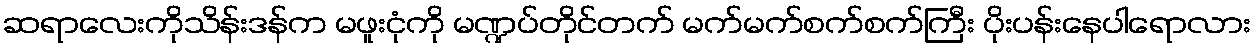
ဆရာလေးကိုသိန်းဒန်က မဖူးငုံကို မဏ္ဍပ်တိုင်တက် မက်မက်စက်စက်ကြီး ပိုးပန်းနေပါရောလား